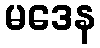
မဒေန